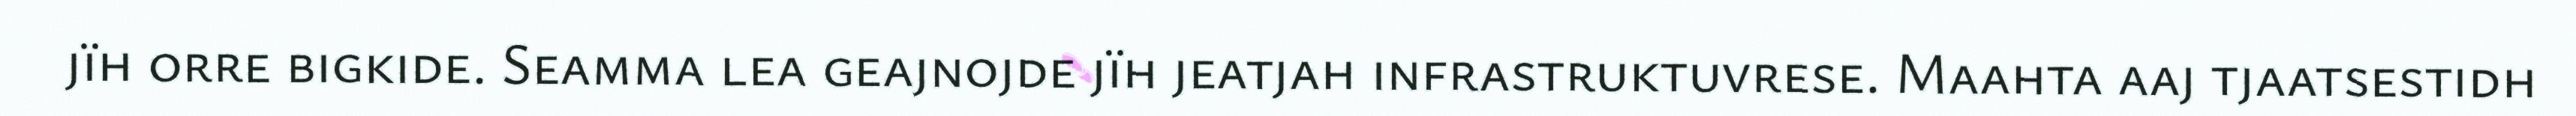
jïh orre bigkide. Seamma lea geajnojde jïh jeatjah infrastruktuvrese. Maahta aaj tjaatsestidh